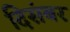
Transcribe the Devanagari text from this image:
दिसंबर